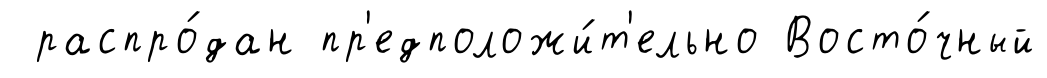
распро́дан пр'едположи́т'ельно Восто́чный